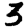
Digit: 3